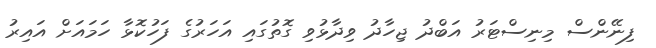
ފިނޭންސް މިނިސްޓަރު އަބްދު ޖިހާދު ވިދާޅުވި ގޮތުގައި އަހަރުގެ ފަހުކޮޅާ ހަމައަށް އައިރު